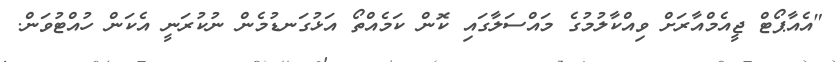
"އެއާޕޯޓް ޖީއެމްއާރަށް ވިއްކާލުމުގެ މައްސަލާގައި ކޮން ކަމެއްތޯ އަޅުގަނޑުމެން ނުކުރަނީ އެކަން ހުއްޓުވަން.